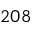
^ { 2 0 8 }